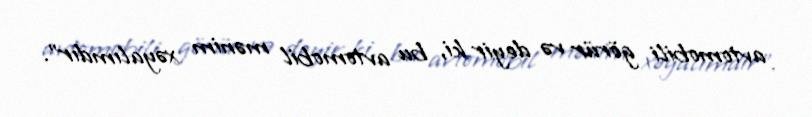
avtomobili görür və deyir ki, bu avtomobil mənim xəyalımdır”.